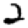
Digit: 2